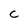
Character: c